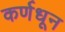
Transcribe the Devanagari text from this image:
कर्णधून